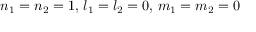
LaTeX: n _ { 1 } = n _ { 2 } = 1 , \, l _ { 1 } = l _ { 2 } = 0 , \, m _ { 1 } = m _ { 2 } = 0